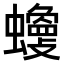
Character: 𧓾